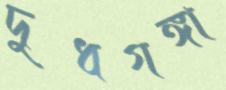
দুধগঙ্গা